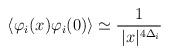
LaTeX: \begin{align*}\langle \varphi_i (x) \varphi_i(0) \rangle\simeq \frac{1}{\hspace{1mm}|x|^{4 \Delta_i}}\end{align*}